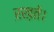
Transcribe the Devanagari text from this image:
ऱख़ते।